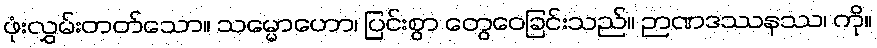
ဖုံးလွှမ်းတတ်သော။ သမ္မောဟော၊ ပြင်းစွာ တွေဝေခြင်းသည်။ ဉာဏဒဿနဿ၊ ကို။